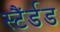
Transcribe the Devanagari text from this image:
स्टैंर्डड